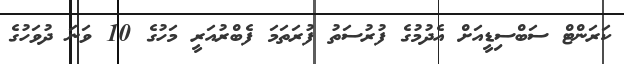
ކަރަންޓް ސަބްސިޑީއަށް އެދުމުގެ ފުރުސަތު ފުރަތަމަ ފެބްރުއަރީ މަހުގެ 10 ވަނަ ދުވަހުގެ